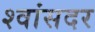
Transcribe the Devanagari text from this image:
श्वांसदर